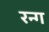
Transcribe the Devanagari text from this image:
रन्ग